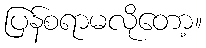
ပြန်စရာမလိုတော့။